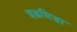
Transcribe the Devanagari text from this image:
इडविडा